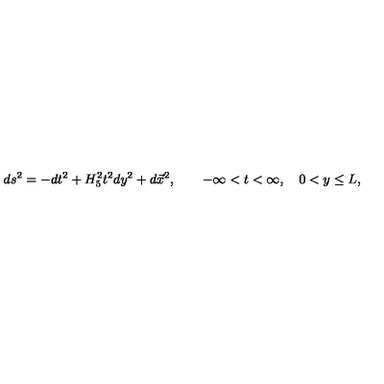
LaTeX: d s ^ { 2 } = - d t ^ { 2 } + H _ { 5 } ^ { 2 } t ^ { 2 } d y ^ { 2 } + d \vec { x } ^ { 2 } , \qquad - \infty < t < \infty , \quad 0 < y \leq L ,